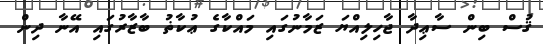
ޤުސް ބިން ސާޢިދާ ޖާހިލިއްޔަ ޒަމާނުގައި މައްކާގެ ޢުކާޡު ބާޒާރުގައި އޭނާ ދިން